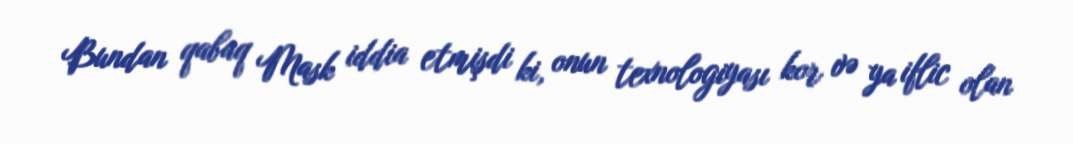
Bundan qabaq Mask iddia etmişdi ki, onun texnologiyası kor və ya iflic olan